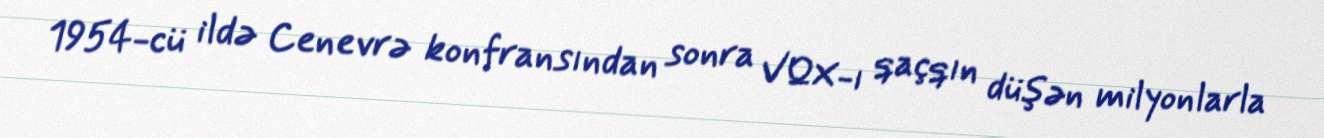
1954-cü ildə Cenevrə konfransından sonra VQX-ı qaçqın düşən milyonlarla